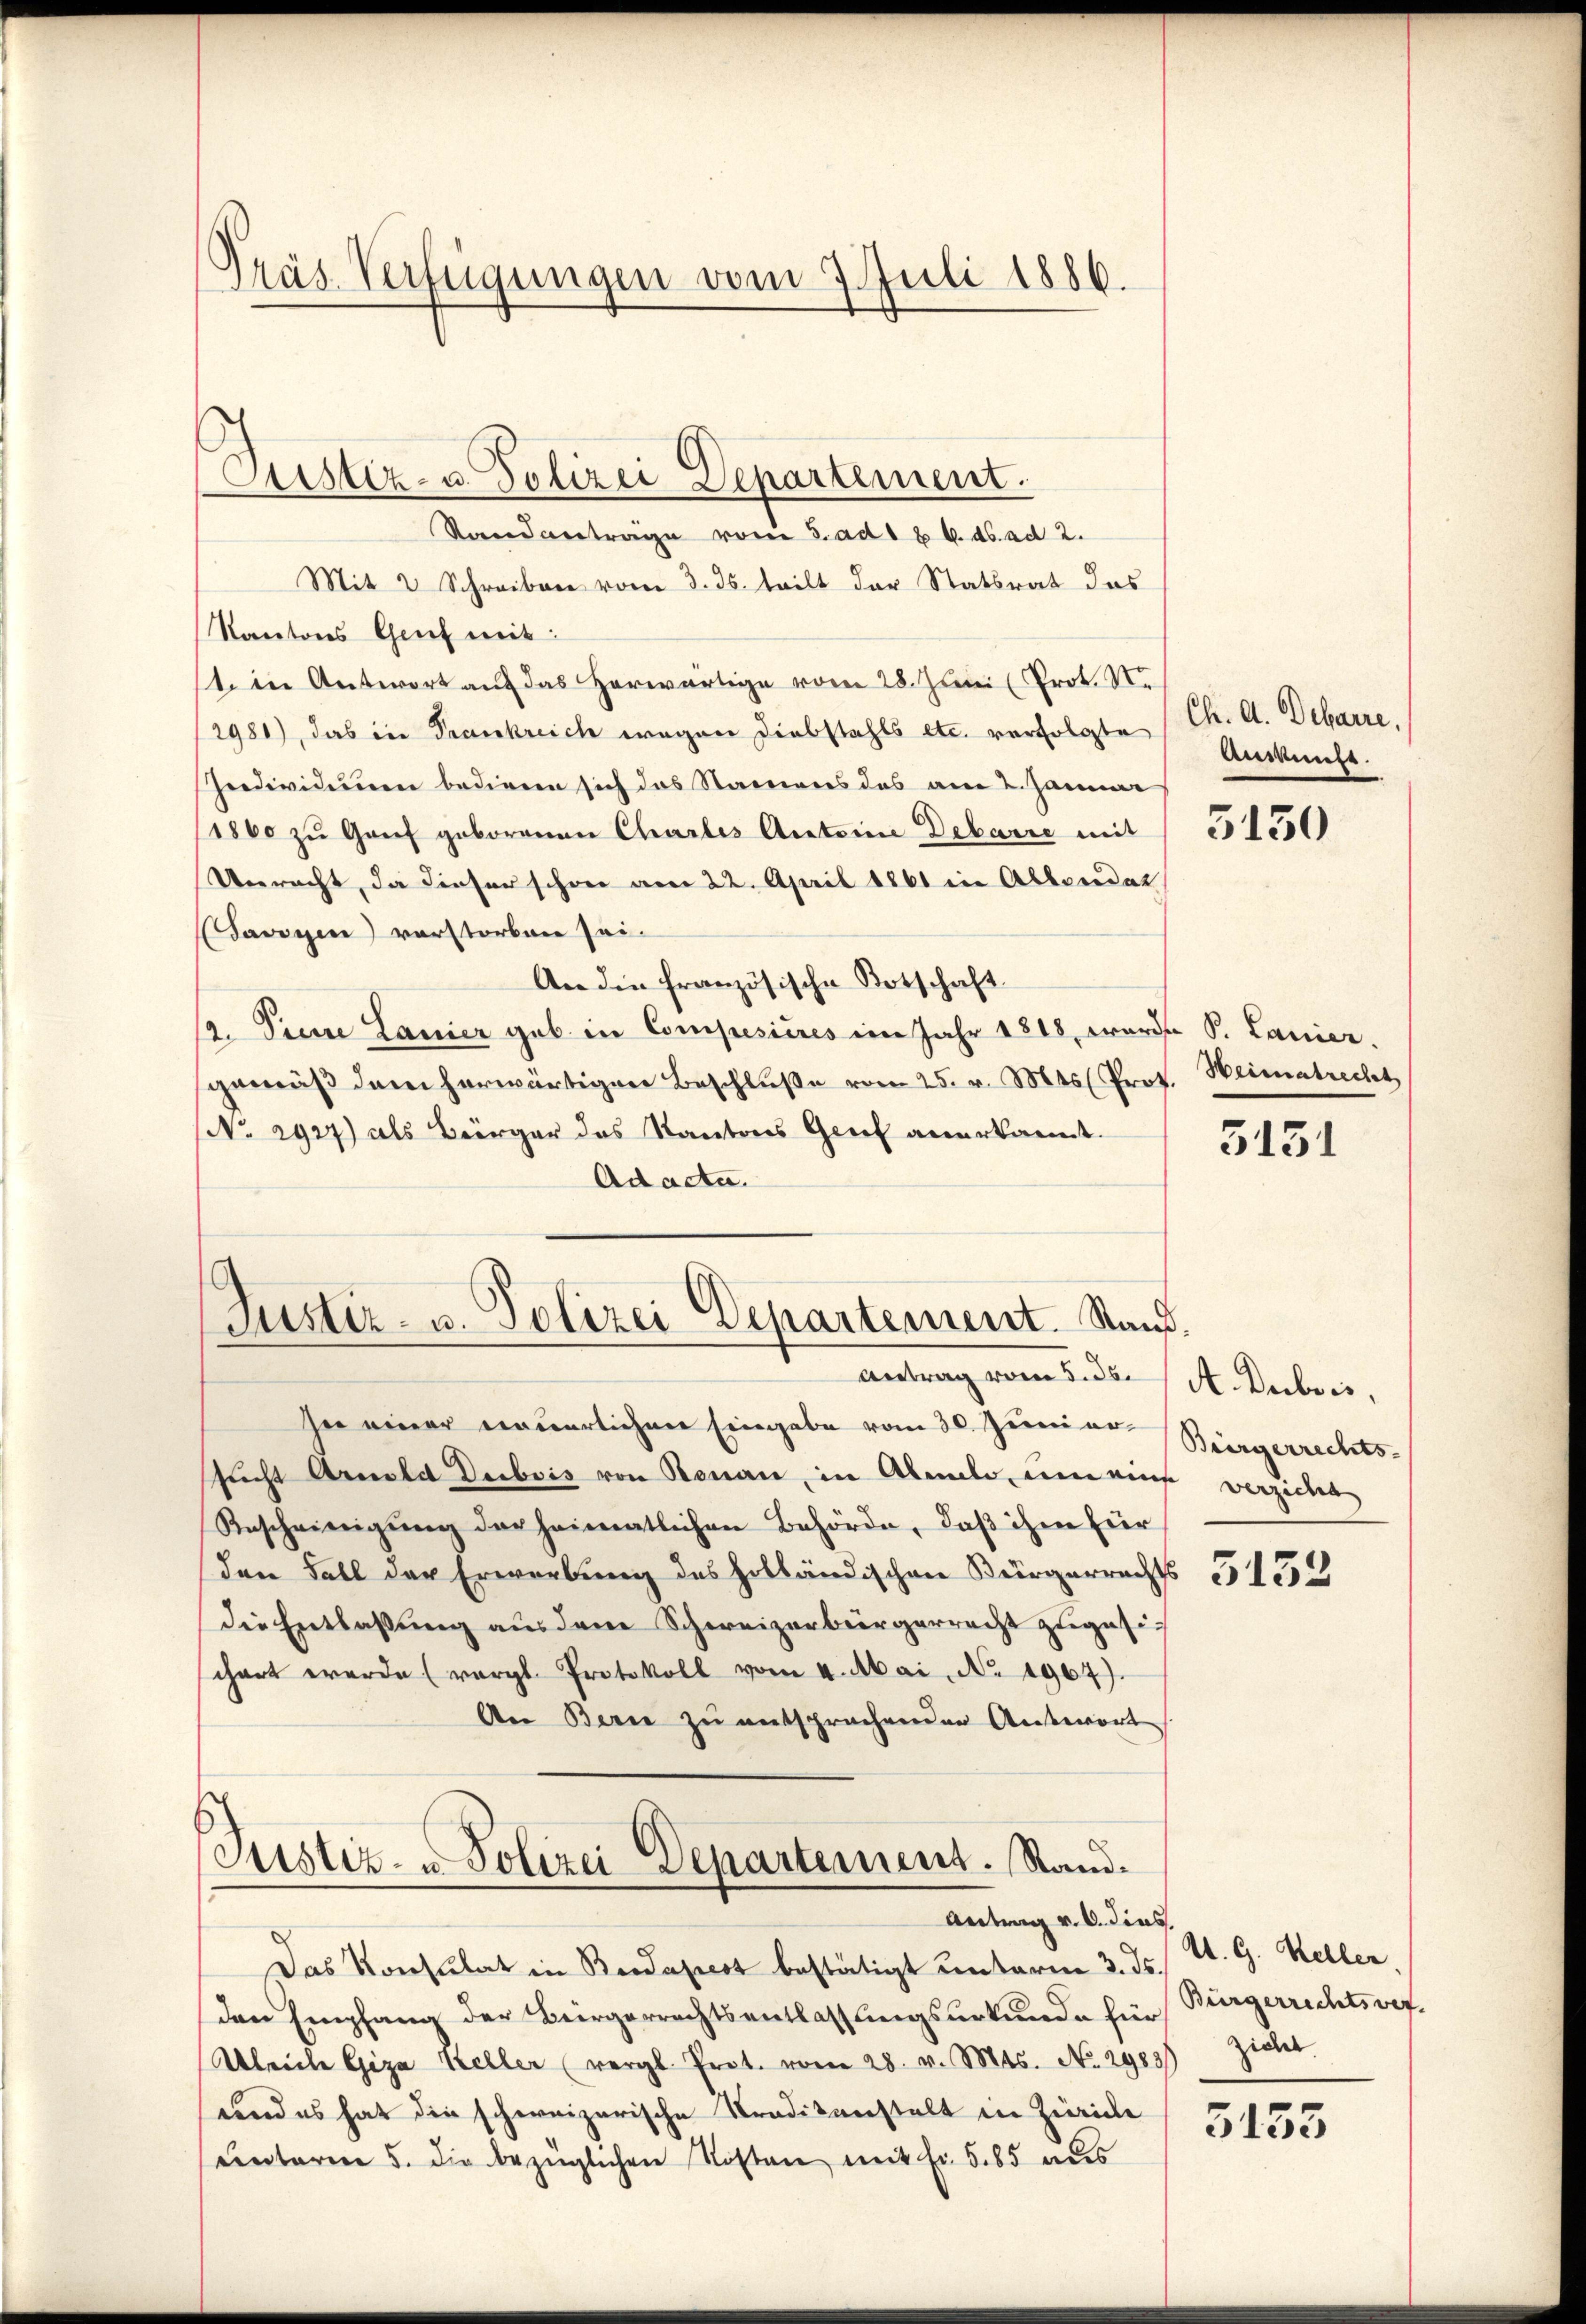
Präs. Verfügungen vom 7. Juli 1886.

Astiz- u. Polizei Departement.
Standantrage vom 5. ad 1 & 6. ds. ad 2.
Mit 2 Schreiben vom 3. ds. teilt der Statsrat das
Kantons Genf mit:
t. in Antwort auf das herwärtige vom 28. Juni (Prot. St.
2981), das in Frankreich wegen Diebstahls etc. verfolgte (Ch. A. Debarre,
Predividuum bediene sich das Namens das am 2. Januar
1860 zu Grif geborenen Chartes Antoine Debarre mit
Veeracht, da dieser schwer vom 22. April 1861 ein Abbondat
Savoyen) verstorben sei.
An die französische Botschaft
lg. Pere Lanier geb in Compesiires im Jahr 1848 wurde P. Lanier.
gemäβ dem herwärtigen Beschluße vom 25. v. Mts. Prof. Heimatrecht
No. 2927) als Bürger das Kantons Genf anerkannt.
Ad acta.

Justiz- u. Polizei Departement. Stand.

see einer neuerlichen Eingabe vom 30. Juni er Bürgerrechts-
sucht Arnold Dubois von Renau, in Abmele, einen eine verzicht
Anscheinigŭng der heimatlichen Behörde, daβ ihre für
den Fall der Erwerbung des Holländischen Bürgerrechts
die Entlassung aus dem Schweizerbürgerrecht zugesich
schart werde (vergl. Protokoll vom 4. Mai, No. 1967).
An Bern zŭ entsprachenden Antwort

Justiz- u Polizei Departement. Rand.
Antrag v. 6. dies

Das Konsulat in Bedapest bestätigt unterm 3. ds.
den Empfang der Bergerrechtsentlassungsurkunde für
Ulriche Giza Keller (vergl. Prot. vom 28. v. Mts. No. 2983) Zieht
rend es hat die schweizerische Tradikanstalt in Zürich
unterm 5. die bezüglichen Kosten mit Fr. 585 aus

Auskunft.

Antrag vom 5. ds. A. Dubois,

5150

3151

5132

A. G. Kellen
Bürgerrechtsver

5153